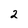
Character: 2